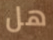
هل